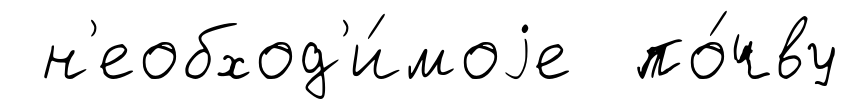
н'еобход'и́моjе по́чву